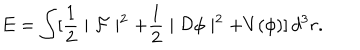
LaTeX: E = \int [ \frac { 1 } { 2 } \mid { \cal F } \mid ^ { 2 } + \frac { 1 } { 2 } \mid { \cal D } \phi \mid ^ { 2 } + V ( \phi ) ] \, d ^ { 3 } r .